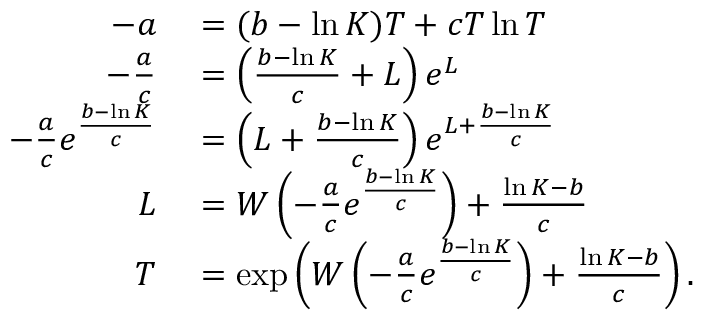
\begin{array} { r l } { - a } & { { } = ( b - \ln K ) T + c T \ln T } \\ { - { \frac { a } { c } } } & { { } = \left( { \frac { b - \ln K } { c } } + L \right) e ^ { L } } \\ { - { \frac { a } { c } } e ^ { \frac { b - \ln K } { c } } } & { { } = \left( L + { \frac { b - \ln K } { c } } \right) e ^ { L + { \frac { b - \ln K } { c } } } } \\ { L } & { { } = W \left( - { \frac { a } { c } } e ^ { \frac { b - \ln K } { c } } \right) + { \frac { \ln K - b } { c } } } \\ { T } & { { } = \exp \left( W \left( - { \frac { a } { c } } e ^ { \frac { b - \ln K } { c } } \right) + { \frac { \ln K - b } { c } } \right) . } \end{array}